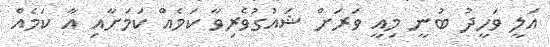
އަލީ ވަހީދު ބުނީ މިއީ ވަރަށް ޝައުގުވެރިވާ ކަމެއް ކަމަށާއި އާ ކަމެއް